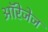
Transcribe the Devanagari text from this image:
ऑरेजेज